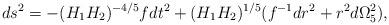
LaTeX: \begin{align*}ds^2 = -(H_1H_2)^{-4/5} fdt^2 +(H_1H_2)^{1/5}(f^{-1}dr^2 +r^2d\Omega_5^2),\end{align*}